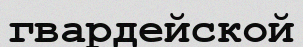
гвардейской